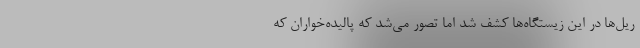
ریل‌ها در این زیستگاه‌ها کشف شد اما تصور می‌شد که پالیده‌خواران که